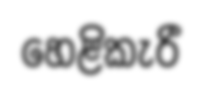
හෙළිකැරී